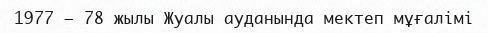
1977 – 78 жылы Жуалы ауданында мектеп мұғалімі